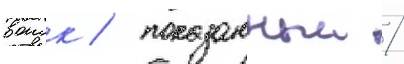
воиск / показанныи /